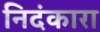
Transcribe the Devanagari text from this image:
निदंकारा